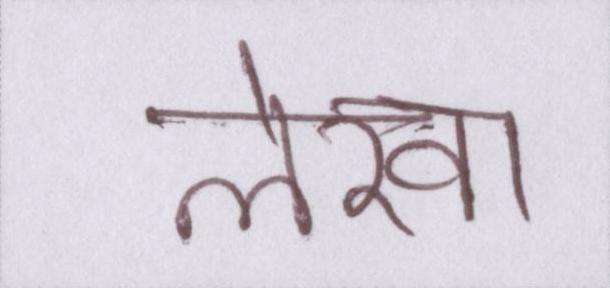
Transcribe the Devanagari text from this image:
लेखा